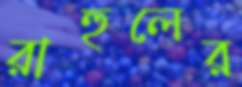
রাহুলের